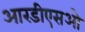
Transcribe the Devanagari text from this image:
आरडीएसओ